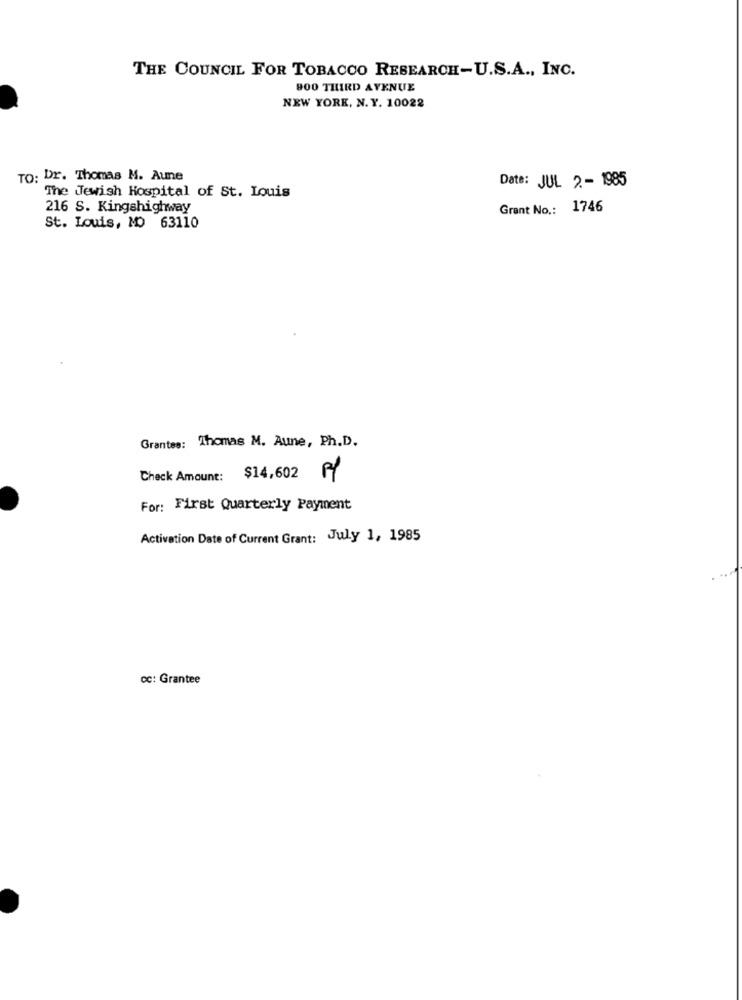
THE COUNCIL FOR TOBACCO RESEARCH-U.S.A ., INC.
900 THIRD AVENUE
NEW YORK, N. Y. 10022
TO: Dr. Thomas M. Aune
Date: JUL 2- 1985
The Jewish Hospital of St. Louis
216 S. Kingshighway
Grant No .: 1746
St. Louis, MO 63110
Grantes: Thomas M. Aune, Ph.D.
Check Amount: $14,602
For: First Quarterly Payment
Activation Date of Current Grant: July 1, 1985
Cc: Grantee